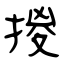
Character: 㨑